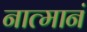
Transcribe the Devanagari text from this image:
नात्मानं